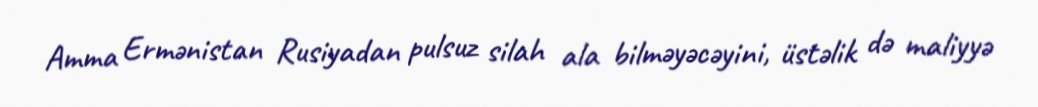
Amma Ermənistan Rusiyadan pulsuz silah ala bilməyəcəyini, üstəlik də maliyyə